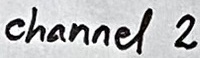
Text: channel 2